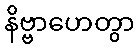
နိဗ္ဗာဟေတွာ